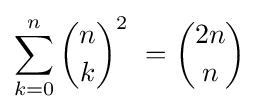
\sum _{k=0}^{n}{n \choose k}^{2}\ ={2n \choose n}